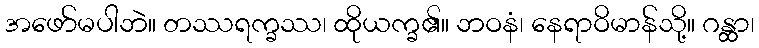
အဖော်မပါဘဲ။ တဿရက္ခဿ၊ ထိုယက္ခ၏။ ဘဝနံ၊ နေရာဝိမာန်သို့။ ဂန္ထာ၊